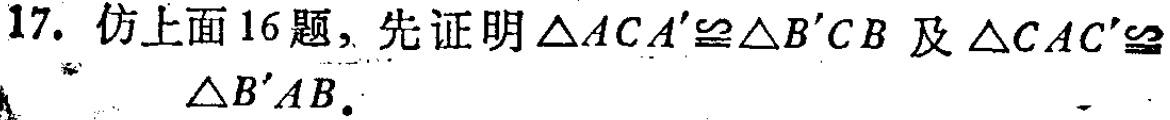
17. 仿上面16题，先证明$\triangle ACA'\cong\triangle B'CB$及$\triangle CAC'\cong\triangle B'AB.$